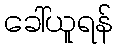
ခေါ်ယူရန်